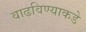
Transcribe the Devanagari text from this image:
वाढविण्याकडे